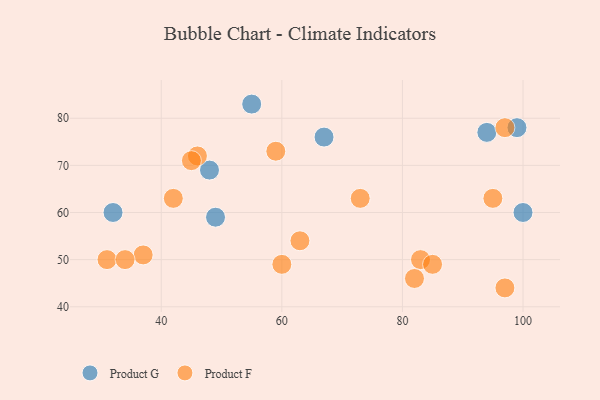
{"axis": {"x": "GDP", "y": "Life Expectancy"}, "legend": ["Product F", "Product G"], "data": [{"x": "94", "y": 77, "type": "Product G"}, {"x": "49", "y": 59, "type": "Product G"}, {"x": "48", "y": 69, "type": "Product G"}, {"x": "55", "y": 83, "type": "Product G"}, {"x": "67", "y": 76, "type": "Product G"}, {"x": "100", "y": 60, "type": "Product G"}, {"x": "32", "y": 60, "type": "Product G"}, {"x": "99", "y": 78, "type": "Product G"}, {"x": "42", "y": 63, "type": "Product F"}, {"x": "37", "y": 51, "type": "Product F"}, {"x": "46", "y": 72, "type": "Product F"}, {"x": "63", "y": 54, "type": "Product F"}, {"x": "83", "y": 50, "type": "Product F"}, {"x": "97", "y": 44, "type": "Product F"}, {"x": "82", "y": 46, "type": "Product F"}, {"x": "60", "y": 49, "type": "Product F"}, {"x": "59", "y": 73, "type": "Product F"}, {"x": "85", "y": 49, "type": "Product F"}, {"x": "31", "y": 50, "type": "Product F"}, {"x": "97", "y": 78, "type": "Product F"}, {"x": "45", "y": 71, "type": "Product F"}, {"x": "34", "y": 50, "type": "Product F"}, {"x": "73", "y": 63, "type": "Product F"}, {"x": "95", "y": 63, "type": "Product F"}]}